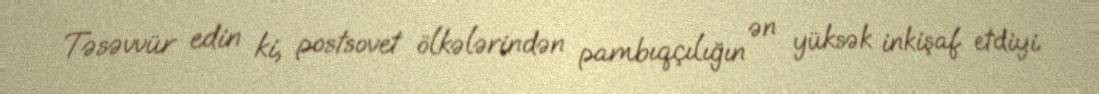
Təsəvvür edin ki, postsovet ölkələrindən pambıqçılığın ən yüksək inkişaf etdiyi